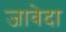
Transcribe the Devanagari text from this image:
जावेदा